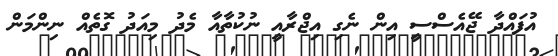
އުފައްދާ ޖޭއެސްސީ އިން ނެގި އިޖްރާއީ ނުކުތާއާ މެދު މިއަދު ގޮތެއް ނިންމަން